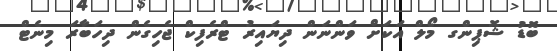
ބޮޑު ޝޮޕިންގ މޯލް އަކަށް ވަންނަން ދިޔައިރު ޓްރެފިކް ޖެހިގެން ދިހަބާރަ މިނެޓް